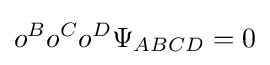
o^{B}o^{C}o^{D}\Psi _{ABCD}=0